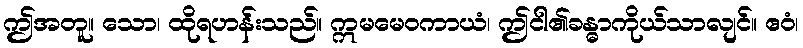
ဤအတူ။ သော၊ ထိုရဟန်းသည်။ ဣမမေဝကာယံ၊ ဤငါ၏ခန္ဓာကိုယ်သာလျင်။ ဧဝံ၊